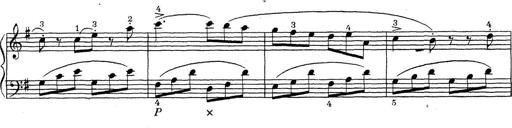
Title: ÄŒeskÃ© Sonatiny
Composer: Various